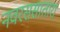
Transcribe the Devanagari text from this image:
नवरससातारा